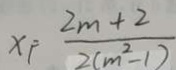
x _ { 1 } = \frac { 2 m + 2 } { 2 ( m ^ { 2 } - 1 ) }